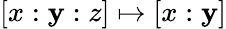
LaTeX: [x:\mathbf{y}:z]\mapsto[x:\mathbf{y}]